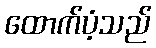
ထောက်ပံ့သည်